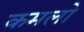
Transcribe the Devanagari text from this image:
कमलो